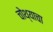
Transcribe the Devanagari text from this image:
चोथ्याचा